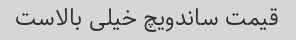
قیمت ساندویچ خیلی بالاست